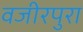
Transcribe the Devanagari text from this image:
वजीरपुरा